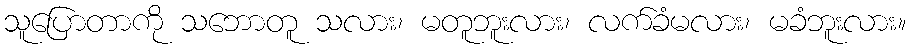
သူပြောတာကို သဘောတူ သလား၊ မတူဘူးလား၊ လက်ခံမလား၊ မခံဘူးလား။